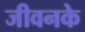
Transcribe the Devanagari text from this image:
जीवनके